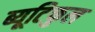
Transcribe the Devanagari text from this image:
ब्यूटिफुल